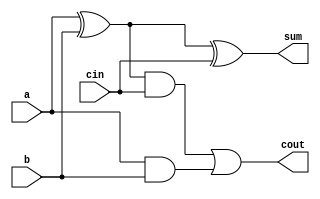
module fa_structural(a,b,cin,sum,cout); 

input a,b,cin;
output cout,sum;
wire s1,s2,s3;

xor (s1,a,b);
and (s2,a,b);
xor (sum,s1,cin); 
and (s3,s1,cin);
or (cout,s3,s2); 

endmodule

module fa_tb();

reg ip1,ip2,ci;
wire s,co;

initial 
begin
    ip1=0; ip2=0; ci=0; #5;
    ip1=0; ip2=0; ci=1; #5;
    ip1=0; ip2=1; ci=0; #5;
    ip1=0; ip2=1; ci=1; #5;
    ip1=1; ip2=0; ci=0; #5;
    ip1=1; ip2=0; ci=1; #5;
    ip1=1; ip2=1; ci=0; #5;
    ip1=1; ip2=1; ci=1; #5;
    $finish;
end

fa_structural fa2 (ip1,ip2,ci,s,co);

initial begin
    $dumpfile ("fa2.vcd");
    $dumpvars (0,fa2);
end
    
endmodule